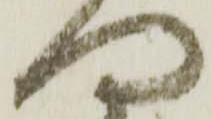
門